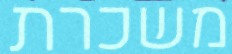
משכרת